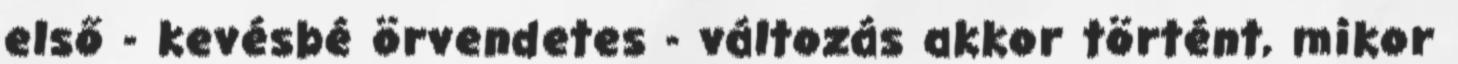
első - kevésbé örvendetes - változás akkor történt, mikor